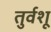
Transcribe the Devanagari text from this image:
तुर्वशू